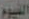
الفيوم